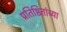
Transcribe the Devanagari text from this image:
प्रतिष्ठितांच्या